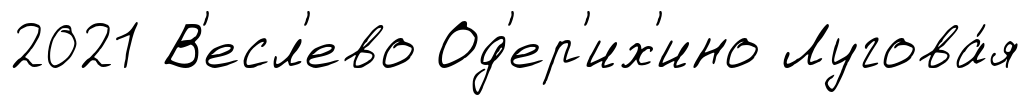
2021 В'есл'ево Од'ер'их'ино Лугова́я